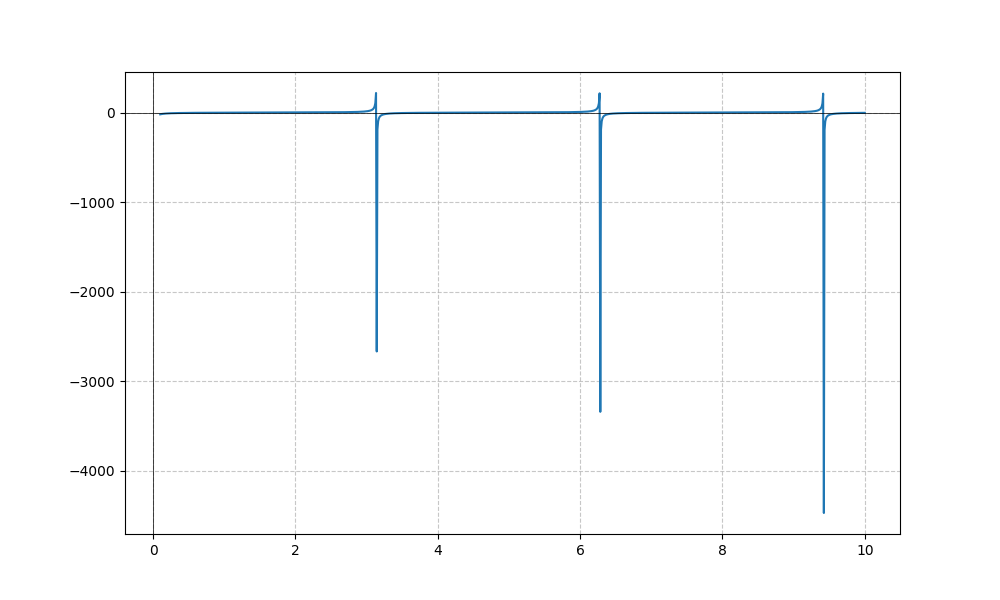
LaTeX formula: - 2 \cot{\left(x \right)}